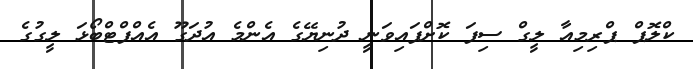
ކްލޮޕް ޕްރިމިއާ ލީގް ސިފަ ކޮށްފައިވަނީ ދުނިޔޭގެ އެންމެ އުދަގޫ އެއްފްޓްބޯޅަ ލީގުގެ